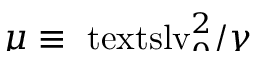
\smash { \mu \equiv \ensuremath { \mathrm { \ t e x t s l { v } } _ { 0 } } ^ { 2 } / \gamma }